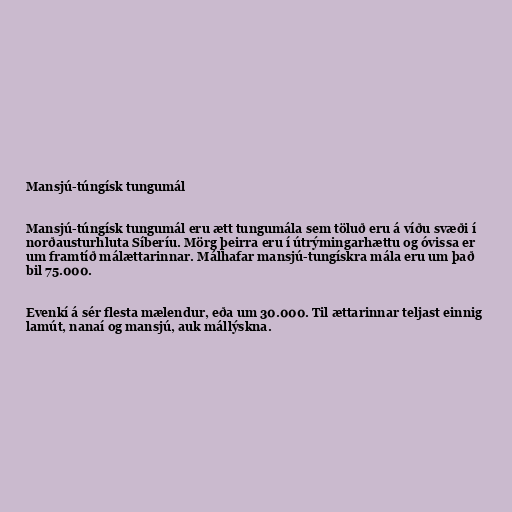
Mansjú-túngísk tungumál

Mansjú-túngísk tungumál eru ætt tungumála sem töluð eru á víðu svæði í
norðausturhluta Síberíu. Mörg þeirra eru í útrýmingarhættu og óvissa er
um framtíð málættarinnar. Málhafar mansjú-tungískra mála eru um það
bil 75.000.

Evenkí á sér flesta mælendur, eða um 30.000. Til ættarinnar teljast einnig
lamút, nanaí og mansjú, auk mállýskna.